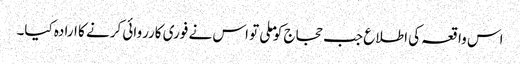
اس واقعہ کی اطلاع جب حجاج کو ملی تو اس نے فوری کارروائی کرنے کا ارادہ کیا۔